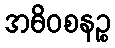
အဓိဝစနဉ္စ